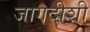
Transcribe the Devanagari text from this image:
जागदीशी